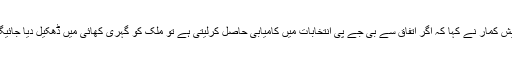
نتیش کمار نے کہا کہ اگر اتفاق سے بی جے پی انتخابات میں کامیابی حاصل کرلیتی ہے تو ملک کو گہری کھائی میں ڈھکیل دیا جائیگا ۔